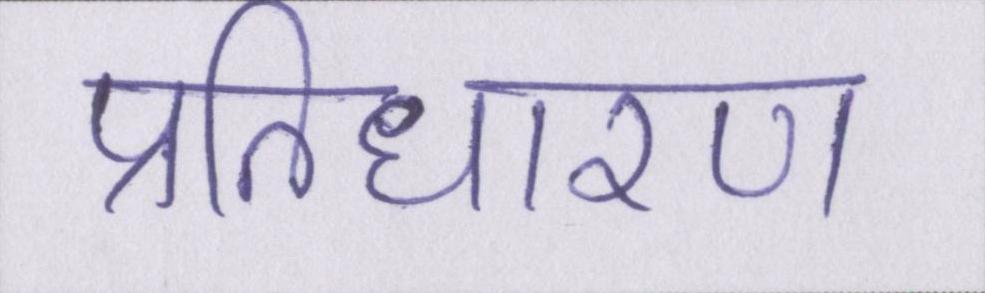
प्रतिधारण